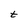
Character: t